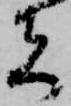
者